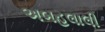
અબહલાલી